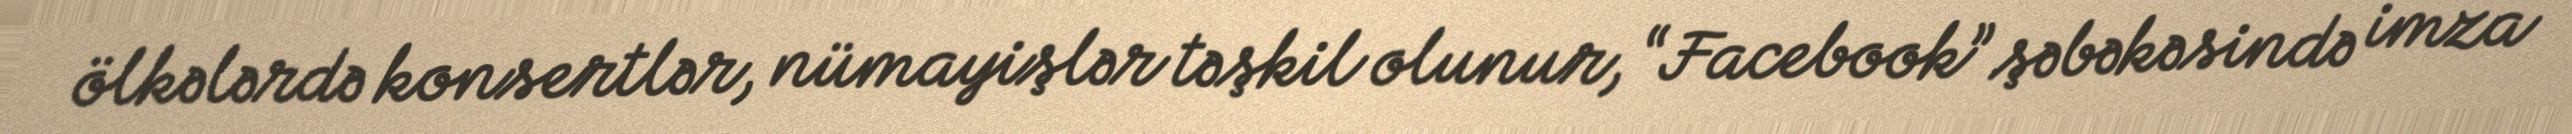
ölkələrdə konsertlər, nümayişlər təşkil olunur, “Facebook” şəbəkəsində imza